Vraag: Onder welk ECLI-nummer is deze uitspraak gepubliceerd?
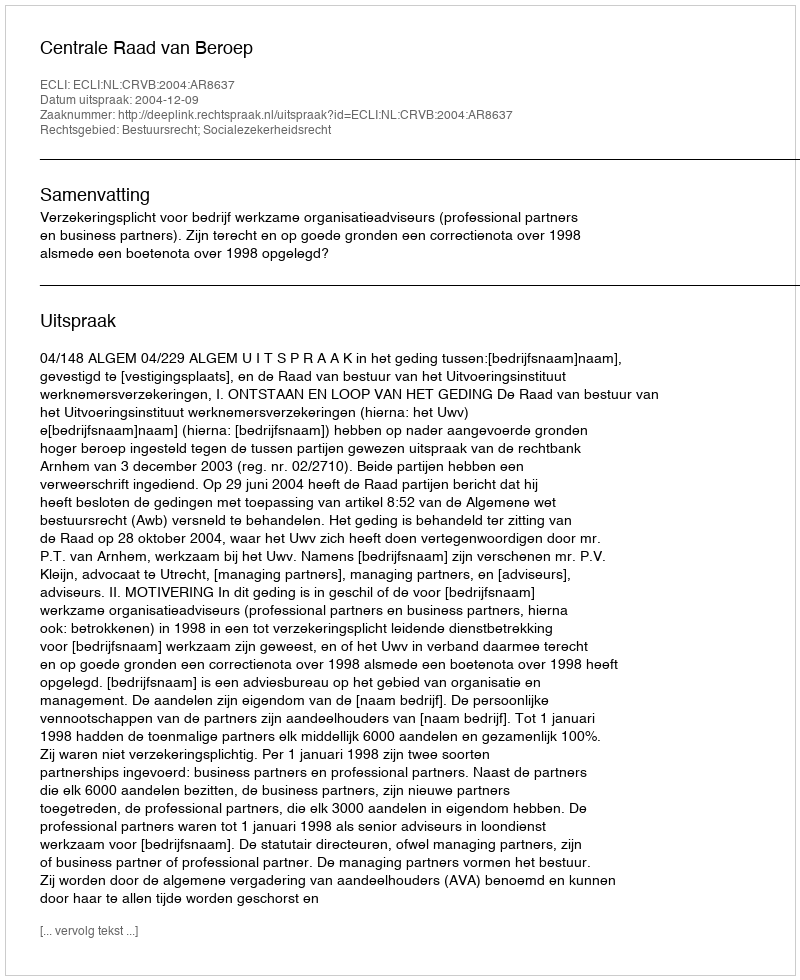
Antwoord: ECLI:NL:CRVB:2004:AR8637